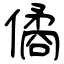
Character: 僪